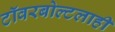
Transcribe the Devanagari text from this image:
टॉवरबोल्टलाही